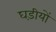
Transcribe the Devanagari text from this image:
घड़ीयों